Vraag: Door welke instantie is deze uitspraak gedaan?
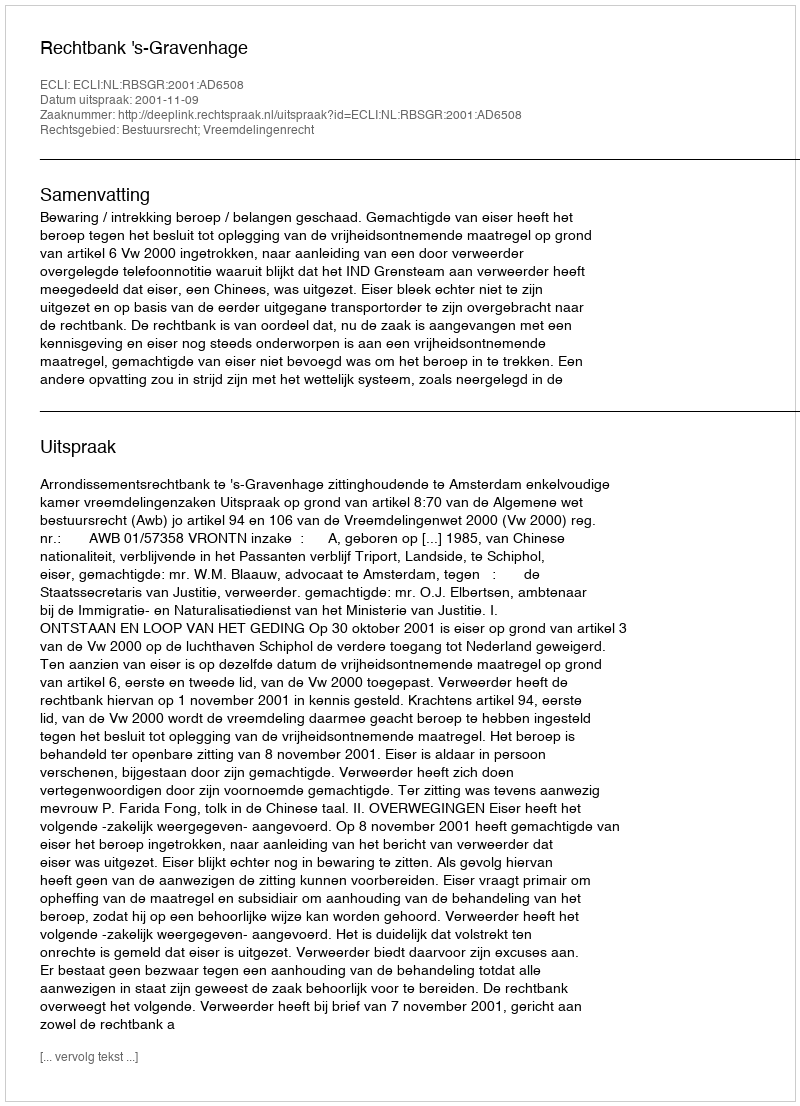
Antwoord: Rechtbank 's-Gravenhage